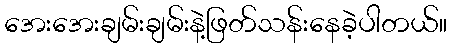
အေးအေးချမ်းချမ်းနဲ့ဖြတ်သန်းနေခဲ့ပါတယ်။